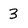
Character: 3